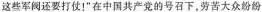
这些军阀还要打仗！”在中国共产党的号召下，劳苦大众纷纷